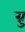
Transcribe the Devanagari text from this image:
ग्नु